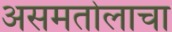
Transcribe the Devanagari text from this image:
असमतोलाचा